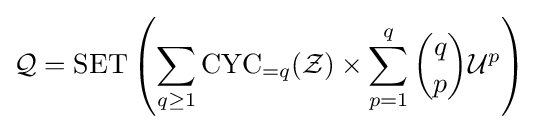
{\mathcal {Q}}=\operatorname {SET} \left(\sum _{q\geq 1}\operatorname {CYC} _{=q}({\mathcal {Z}})\times \sum _{p=1}^{q}{q \choose p}{\mathcal {U}}^{p}\right)